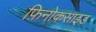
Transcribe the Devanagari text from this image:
फ़िनोकसाइड